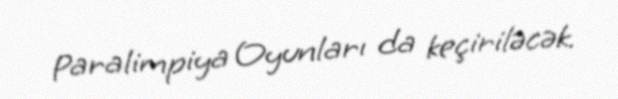
Paralimpiya Oyunları da keçiriləcək.